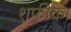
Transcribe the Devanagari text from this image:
शफीका